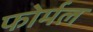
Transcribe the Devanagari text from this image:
फोर्मल